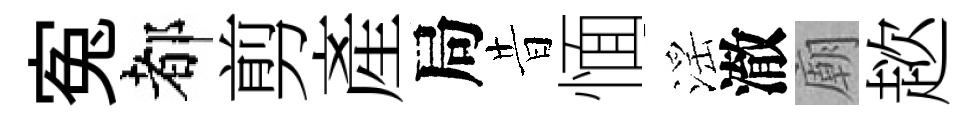
寃都剪産局昔愐滛澈廟趑